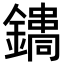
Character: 𨭳